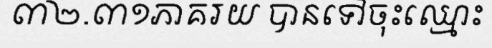
៣២.៣១ភាគរយ បានទៅចុះឈ្មោះ